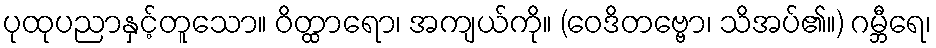
ပုထုပညာနှင့်တူသော။ ဝိတ္ထာရော၊ အကျယ်ကို။ (ဝေဒိတဗ္ဗော၊ သိအပ်၏။) ဂမ္ဘီရေ၊